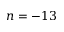
n = - 1 3